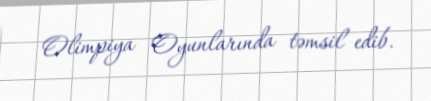
Olimpiya Oyunlarında təmsil edib.